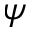
\psi